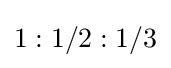
1:1/2:1/3